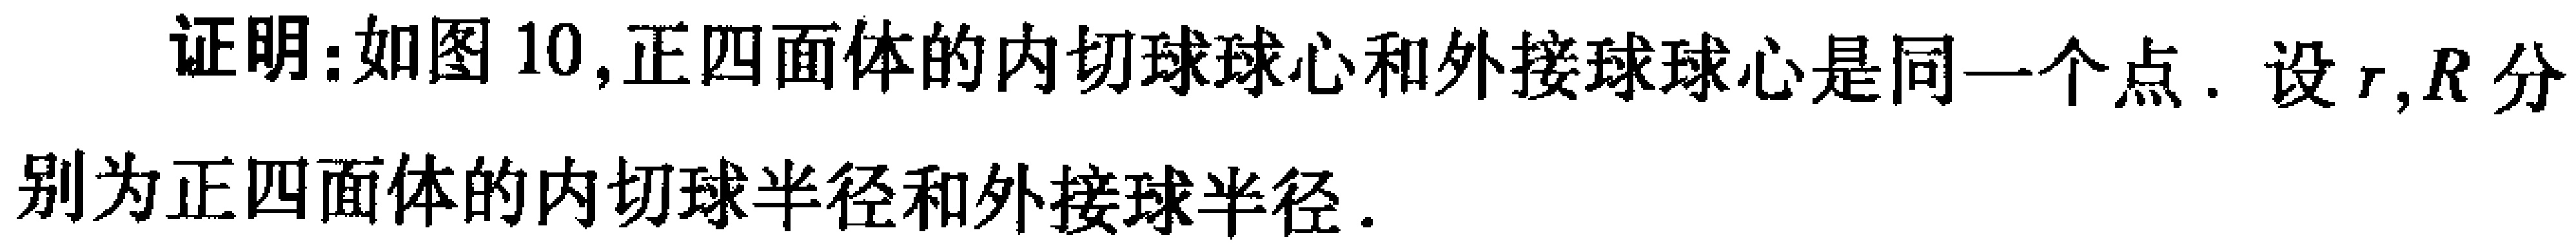
证明：如图 10,正四面体的内切球球心和外接球球心是同一个点. 设\(r,R\)分别为正四面体的内切球半径和外接球半径.